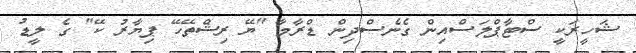
ޝަހީރަކީ ސްޓާޕްލަސްއިން ގެނެސްދިން ޑްރާމާ "ޔޭ ރިޝްތޭހޭ ޕިޔާރު ކޭ" ގެ ލީޑު